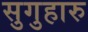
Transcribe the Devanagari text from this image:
सुगुहारु